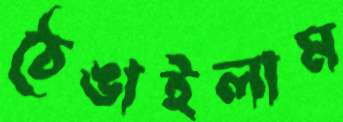
ঠেঙাইলাম